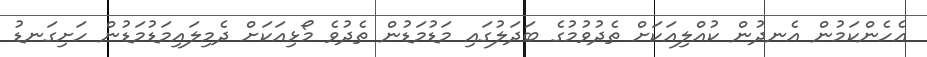
އެހެންކަމުން އެނދުން ކުއްލިއަކަށް ތެދުވުމުގެ ބަދަލުގައި މަޑުމަޑުން ތެދުވެ މޯޅިއަކަށް ދެމިލައިމަޑުމަޑުން ހަށިގަނޑު